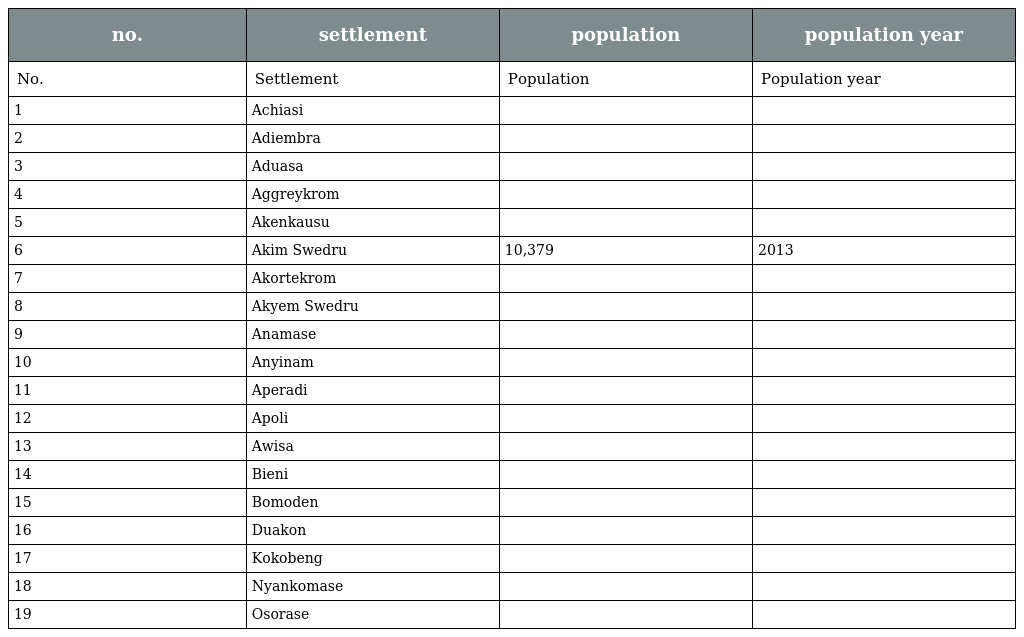
| no. | settlement | population | population year |
 | --- | --- | --- | --- |
 | No. | Settlement | Population | Population year |
 | 1 | Achiasi |  |  |
 | 2 | Adiembra |  |  |
 | 3 | Aduasa |  |  |
 | 4 | Aggreykrom |  |  |
 | 5 | Akenkausu |  |  |
 | 6 | Akim Swedru | 10,379 | 2013 |
 | 7 | Akortekrom |  |  |
 | 8 | Akyem Swedru |  |  |
 | 9 | Anamase |  |  |
 | 10 | Anyinam |  |  |
 | 11 | Aperadi |  |  |
 | 12 | Apoli |  |  |
 | 13 | Awisa |  |  |
 | 14 | Bieni |  |  |
 | 15 | Bomoden |  |  |
 | 16 | Duakon |  |  |
 | 17 | Kokobeng |  |  |
 | 18 | Nyankomase |  |  |
 | 19 | Osorase |  |  |